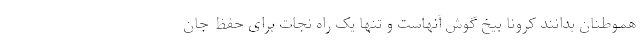
هموطنان بدانند کرونا بیخ گوش آنهاست و تنها یک راه نجات برای حفظ جان